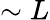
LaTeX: \sim L